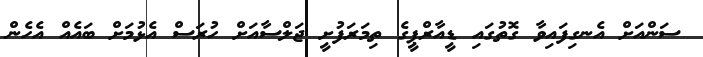
ސަންއަށް އެނގިފައިވާ ގޮތުގައި ޑީއާރްޕީގެ ތިމަރަފުށީ ޖަލްސާއަށް ހުރަސް އެޅުމަށް ބައެއް އެހެން